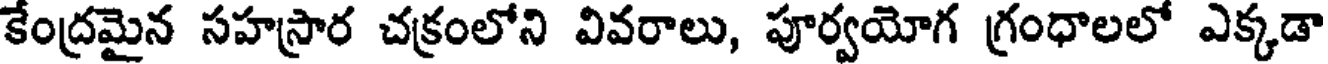
కేంద్రమైన సహస్రార చక్రంలోని వివరాలు, పూర్వయోగ గ్రంధాలలో ఎక్కడా